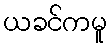
ယခင်ကမူ